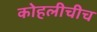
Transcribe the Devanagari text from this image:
कोहलीचीच